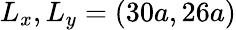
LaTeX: L_{x},L_{y}=(30a,26a)